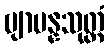
ဗျာပန္နသုတ္တံ